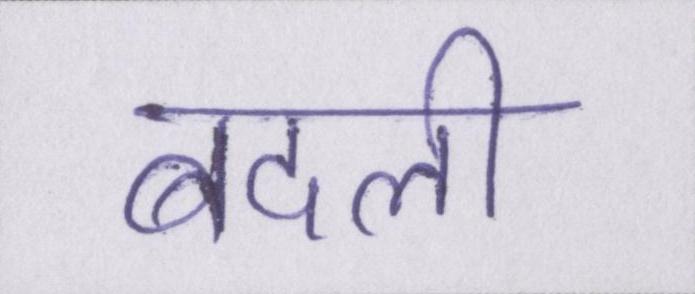
बदली